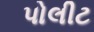
પોલીટ